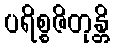
ပရိစ္စဇိတုန္တိ